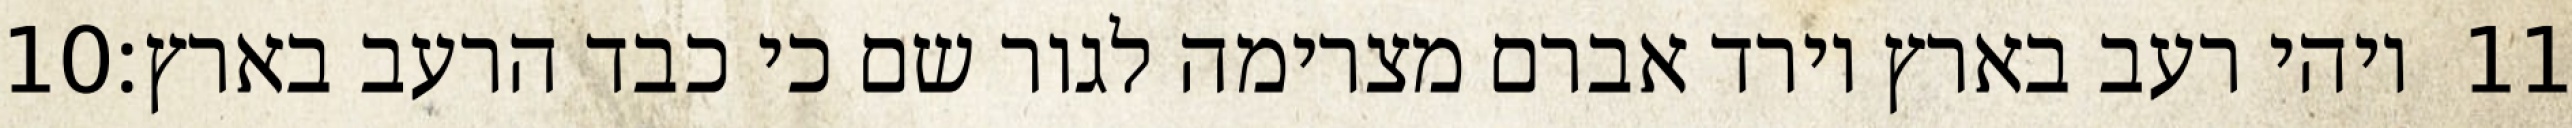
‎10‏ ויהי רעב בארץ וירד אברם מצרימה לגור שם כי כבד הרעב בארץ׃ ‎11‏